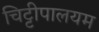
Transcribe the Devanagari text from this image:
चिट्टीपालयम